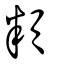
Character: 頪